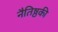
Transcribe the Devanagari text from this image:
नैतिष्ठकी